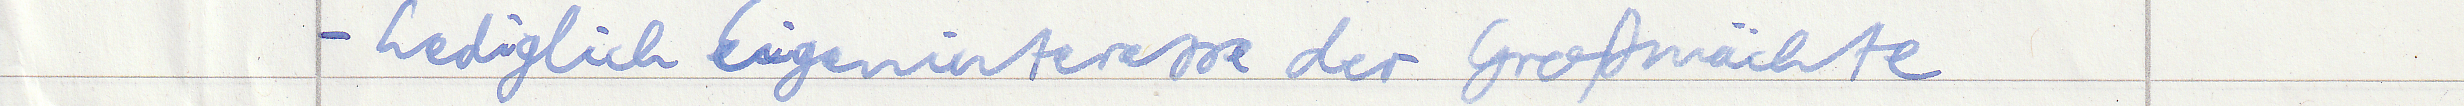
- Lediglich Eigeninteresse der Großmächte